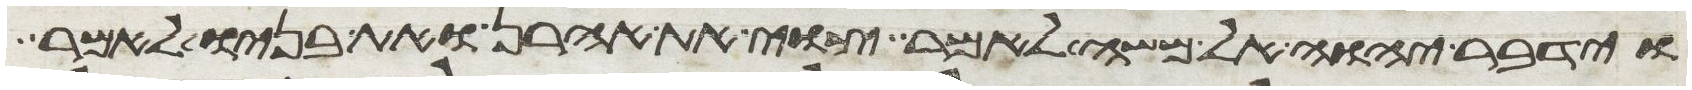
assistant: וידבר יהוה אל משה לאמר צוי את אהרן ואת בניו לאמר